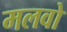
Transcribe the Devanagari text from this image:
मलवो